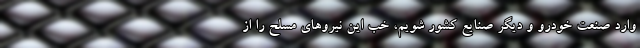
وارد صنعت خودرو و دیگر صنایع کشور شویم، خب این نیروهای مسلح را از